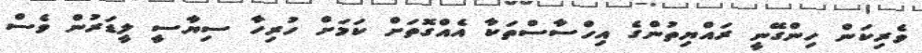
ވެރިކަން ހިންގޭނީ ރައްޔިތުންގެ އިހްސާސްތަކާ އެއްގޮތަށް ކަމަށް ހުރިހާ ސިޔާސީ ލީޑަރުން ވެސް